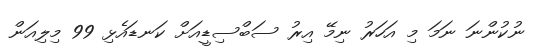
ނުކުންނަ ނަމަ މި އަހަރު ނިމޭ އިރު ސަބްސިޑީއަށް ކަނޑައެޅި 99 މިލިއަން